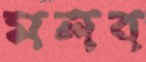
মলব